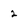
Character: 2